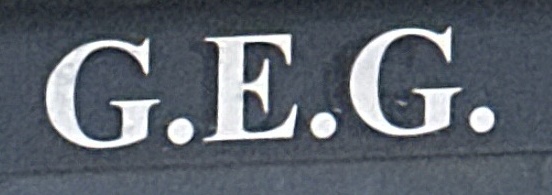
G.E.G.